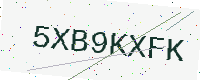
Text: 5XB9KXFK